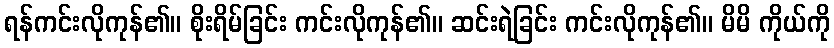
ရန်ကင်းလိုကုန်၏။ စိုးရိမ်ခြင်း ကင်းလိုကုန်၏။ ဆင်းရဲခြင်း ကင်းလိုကုန်၏။ မိမိ ကိုယ်ကို